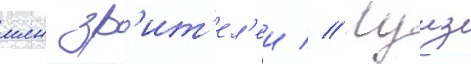
млн зр'ит'ел'еи // Луиз